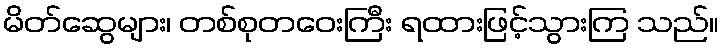
မိတ်ဆွေများ၊ တစ်စုတဝေးကြီး ရထားဖြင့်သွားကြ သည်။